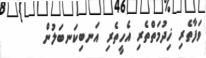
ވަފާތެރި ޚިދުމަތްތެރި އެހީތެރި އަނބިކަނބަލުން